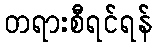
တရားစီရင်ရန်